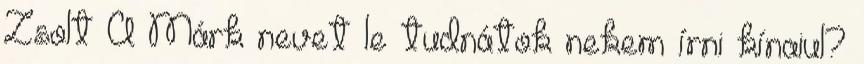
Zsolt A Márk nevet le tudnátok nekem írni kínaiul?